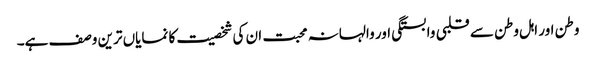
وطن اور اہل وطن سے قلبی وابستگی اور والہانہ محبت ان کی شخصیت کا نمایاں ترین وصف ہے۔